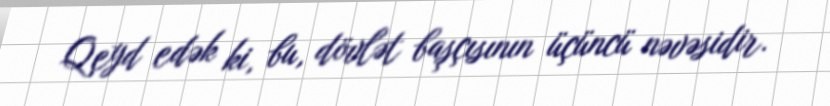
Qeyd edək ki, bu, dövlət başçısının üçüncü nəvəsidir.